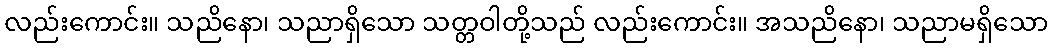
လည်းကောင်း။ သညိနော၊ သညာရှိသော သတ္တဝါတို့သည် လည်းကောင်း။ အသညိနော၊ သညာမရှိသော